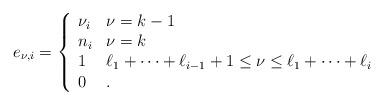
LaTeX: \begin{align*}e_{\nu,i}=\left\{\begin{array}{lll}\nu_i & \nu=k-1\\n_i & \nu=k\\1 & \ell_1+\cdots+\ell_{i-1}+1\leq \nu\leq \ell_1+\cdots+\ell_i\\0 & .\end{array}\right.\end{align*}